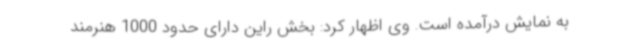
به نمایش درآمده است. وی اظهار کرد: بخش راین دارای حدود 1000 هنرمند